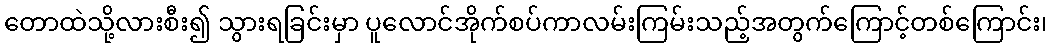
တောထဲသို့လားစီး၍ သွားရခြင်းမှာ ပူလောင်အိုက်စပ်ကာလမ်းကြမ်းသည့်အတွက်ကြောင့်တစ်ကြောင်း၊